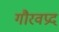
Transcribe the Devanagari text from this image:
गौरवप्रद